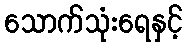
သောက်သုံးရေနှင့်